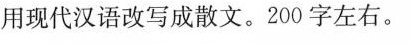
用现代汉语改写成散文，200字左右。